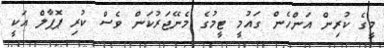
މީގެ ކުރިން އަންހެން ގައުމީ ޓީމުގެ މެނޭޖަރުކަން ވެސް ކުރި ޕޮޕާލް އަކީ